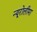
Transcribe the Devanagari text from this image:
न्यूरोलीमा